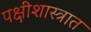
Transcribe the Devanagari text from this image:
पक्षीशास्त्रात